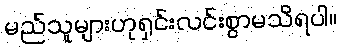
မည်သူများဟုရှင်းလင်းစွာမသိရပါ။